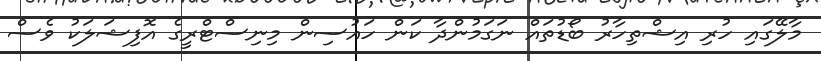
މާލޭގައި ހުރި އިޝްތިހާރު ބޯޑުތައް ނަގަމުންދާ ކަން ހައުސިން މިނިސްޓްރީގެ އޮފިޝަލަކު ވެސް